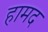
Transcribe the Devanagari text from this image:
हामद